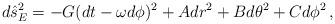
LaTeX: \begin{align*}d\hat{s}_{E}^{2} = -G(dt - \omega d\phi)^2 +A dr^2 +B d\theta^2 +C d\phi^2\, ,\end{align*}